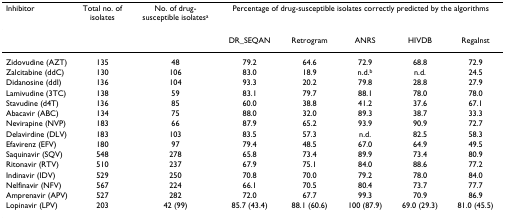
<table><thead><tr><td><b>Inhibitor</b></td><td><b>Total no. of isolates</b></td><td><b>No. of drug-susceptible isolates<sup>a</sup></b></td><td colspan="5"><b>Percentage of drug-susceptible isolates correctly predicted by the algorithms</b></td></tr></thead><tbody><tr><td></td><td></td><td></td><td>DR_SEQAN</td><td>Retrogram</td><td>ANRS</td><td>HIVDB</td><td>RegaInst</td></tr><tr><td>Zidovudine (AZT)</td><td>135</td><td>48</td><td>79.2</td><td>64.6</td><td>72.9</td><td>68.8</td><td>72.9</td></tr><tr><td>Zalcitabine (ddC)</td><td>130</td><td>106</td><td>83.0</td><td>18.9</td><td>n.d.<sup>b</sup></td><td>n.d.</td><td>24.5</td></tr><tr><td>Didanosine (ddI)</td><td>136</td><td>104</td><td>93.3</td><td>20.2</td><td>79.8</td><td>28.8</td><td>27.9</td></tr><tr><td>Lamivudine (3TC)</td><td>138</td><td>59</td><td>83.1</td><td>79.7</td><td>88.1</td><td>78.0</td><td>78.0</td></tr><tr><td>Stavudine (d4T)</td><td>136</td><td>85</td><td>60.0</td><td>38.8</td><td>41.2</td><td>37.6</td><td>67.1</td></tr><tr><td>Abacavir (ABC)</td><td>134</td><td>75</td><td>88.0</td><td>32.0</td><td>89.3</td><td>38.7</td><td>33.3</td></tr><tr><td>Nevirapine (NVP)</td><td>183</td><td>66</td><td>87.9</td><td>65.2</td><td>93.9</td><td>90.9</td><td>72.7</td></tr><tr><td>Delavirdine (DLV)</td><td>183</td><td>103</td><td>83.5</td><td>57.3</td><td>n.d.</td><td>82.5</td><td>58.3</td></tr><tr><td>Efavirenz (EFV)</td><td>180</td><td>97</td><td>79.4</td><td>48.5</td><td>67.0</td><td>64.9</td><td>49.5</td></tr><tr><td>Saquinavir (SQV)</td><td>548</td><td>278</td><td>65.8</td><td>73.4</td><td>89.9</td><td>73.4</td><td>80.9</td></tr><tr><td>Ritonavir (RTV)</td><td>510</td><td>237</td><td>67.9</td><td>75.1</td><td>84.0</td><td>88.6</td><td>77.2</td></tr><tr><td>Indinavir (IDV)</td><td>529</td><td>250</td><td>70.8</td><td>70.0</td><td>79.2</td><td>78.0</td><td>84.0</td></tr><tr><td>Nelfinavir (NFV)</td><td>567</td><td>224</td><td>66.1</td><td>70.5</td><td>80.4</td><td>73.7</td><td>77.7</td></tr><tr><td>Amprenavir (APV)</td><td>527</td><td>282</td><td>72.0</td><td>67.7</td><td>99.3</td><td>70.9</td><td>86.9</td></tr><tr><td>Lopinavir (LPV)</td><td>203</td><td>42 (99)</td><td>85.7 (43.4)</td><td>88.1 (60.6)</td><td>100 (87.9)</td><td>69.0 (29.3)</td><td>81.0 (45.5)</td></tr></tbody></table>